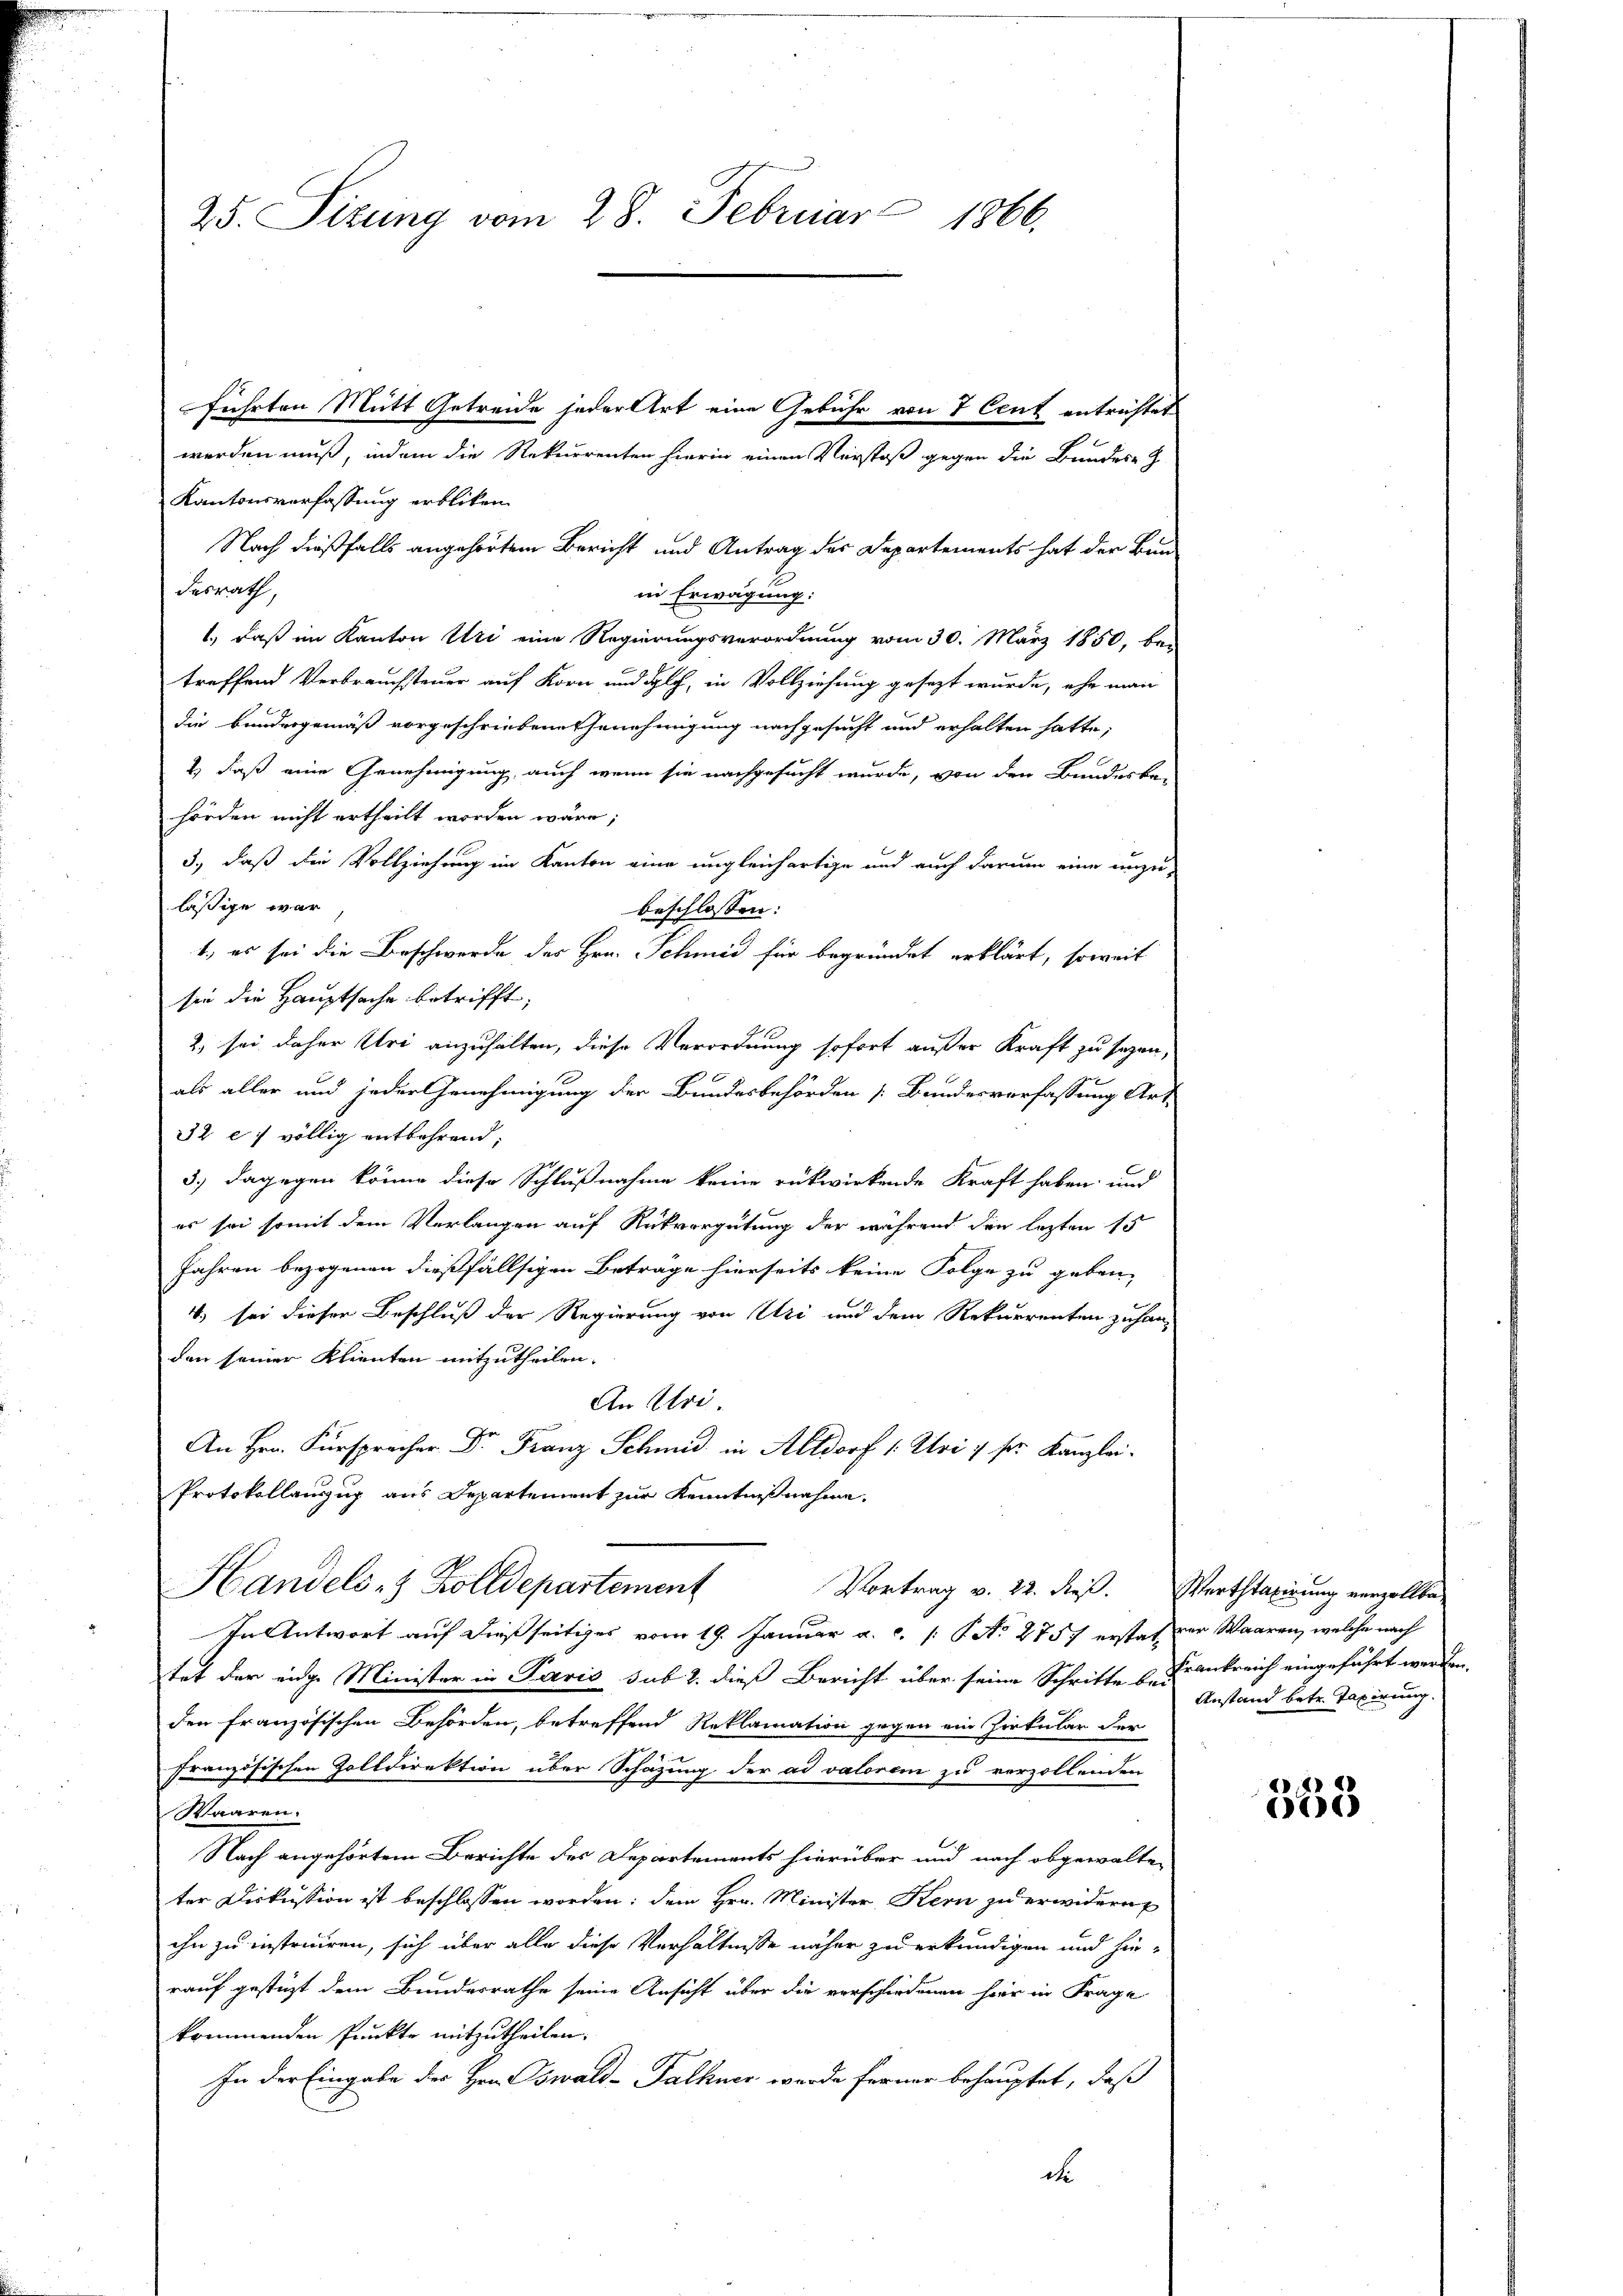
25. Sizung vom 28. Februar 1866.

führten Mütt Getreide jeder Art eine Gebühr von 7 Cent entrichtet

werden muß, indem die Rekurrenten hierin einen Verstoß gegen die Bundes-

Kantonsverfassung erblicken.
Nach dießfalls angehörtem Bericht und Antrag des Departements hat der Bun
desrath,
in Erwägung:
1.) Daß im Kanton Uri eine Regierungsverordnung vom 30. März 1850, be-
treffend Verbrauchsteuer auf Korn und Solch, in Vollziehung gesezt wurde, ehe man
die Bundergemäß vorgeschriebene Genehmigung nachgesucht und erhalten hatte,
2) daß eine Genehmigung, auch wenn sie nachgesucht wurde, von den Bundesbe-
hörden nicht ertheilt worden wäre;
3., daß die Vollziehung im Kanton eine ungleichartige und auch darum eine unzu-
läßige war,
beschlossen:
1., es sei die Beschwerde des Hrn. Schmid für begründet erklärt, soweit
sie die Hauptsache betrifft;
2) sei daher Uri anzuhalten, diese Verordnung sofort außer Kraft zu seyen,
als aller und jeder Genehmigung der Bundesbehörden [Bundesverfassung Art
32 e völlig entbehrend;
3.) Dagegen könne diese Schlußnahme keine rükwirkende Kraft haben und
es sei somit dem Verlangen auf Rückvergütung der während den lezten 15
Jahren bezogenen dießfällsigen Beträge hierseits keine Folge zu geben,
4) sei dieser Beschluß der Regierung von Uri und dem Rekurrenten zuhan-
den seiner Klienten mitzutheilen.
An Ulri
An Hrn. Fürspracher Dr. Franz Schmid in Altdorf 1: Uri & sr. Kanzlei.
Protokollanzug aus Departement zur Kenntnißnahme.
Handels- & Zolldepartement
Vortrag v. 22. dieß. Wertstaxirung verzollba-
In Antwort auf dießseitiges vom 19. Januar a. c. [No 2757 erstat der Waaren, welche nach
tet der eidge Minister in Paris sub 2. dieß Bericht über seine Schritte u. Frankreich eingeführt werden,
den französischen Behörden, betreffend Reklamation gegen ein Zirkular der
französischen Zolldirektion über Schazung der ad valoren zu vorzollenden
Waaren.
Nach angehörtem Berichte des Departements hierüber und nach abgewalten
ter Diskussion ist beschlossen worden; dem Hrn. Minister, Kern zu erwidern
ihn zu instruiren, sich über alle diese Verhältnisse näher zu erkundigen und hin-
rauf gestüzt dem Bundesrathe seine Ansicht über die verschiedenen hier in Frage
kommenden Punkte mitzutheilen.
In der Eingabe des Hrn. Oswald-Falkner wurde ferner behauptet, daß
de

Anstand betr. Taxirung.

4
61)